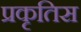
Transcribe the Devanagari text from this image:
प्रकृतिस